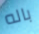
باله